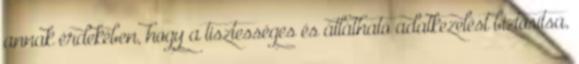
annak érdekében, hogy a tisztességes és átlátható adatkezelést biztosítsa,